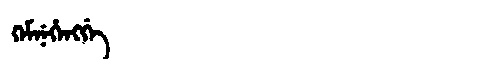
Manchu: ᡴᡝᠮᠨᡝᡥᡝᠩᡤᡝ
Romanization: KEMNEHENGGE